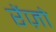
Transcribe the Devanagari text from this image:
रेंज़ो